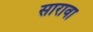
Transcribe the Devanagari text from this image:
सारावा